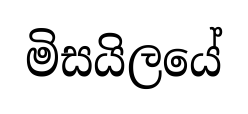
මිසයිලයේ